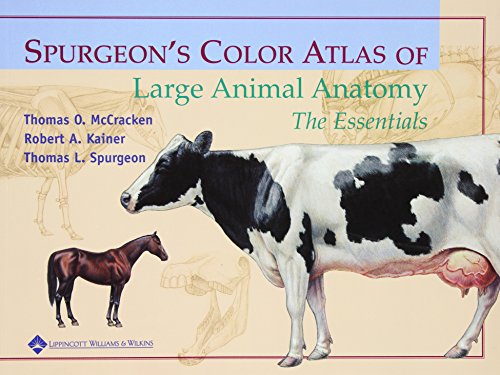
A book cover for Spurgeon's Color Atlas of Large Animal Anatomy: The Essentials; Thomas O. McCracken; Medical Books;